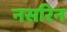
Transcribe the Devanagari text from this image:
नसरिन